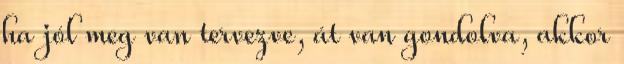
ha jól meg van tervezve, át van gondolva, akkor